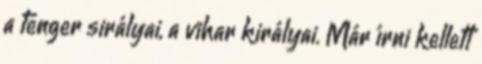
a tenger sirályai, a vihar királyai. Már írni kellett